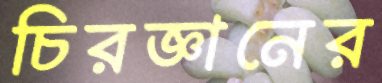
চিরজ্ঞানের